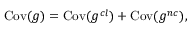
\mathrm { C o v } ( g ) = \mathrm { C o v } ( g ^ { c l } ) + \mathrm { C o v } ( g ^ { n c } ) ,